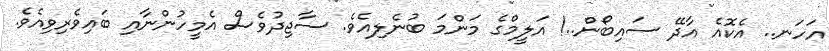
އަހަނ.. އެކޮއެ އާދޭ ސައިބޯން..! އަލީމްގެ މަންމަ ބުނެލިއެވެ. ސާޖިދުވެސް އެމީހުންނާއި ބައިވެރިވިއެވެ.